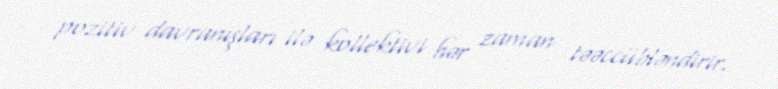
pozitiv davranışları ilə kollektivi hər zaman təəccübləndirir.